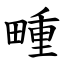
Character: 畽